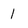
Character: 1